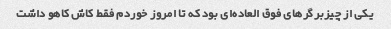
یکی از چیزبرگر‌های فوق العاده‌ای بود که تا امروز خوردم فقط کاش کاهو داشت